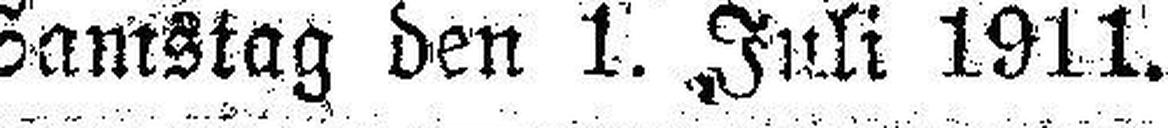
Samstag den 1. Juli 1911.